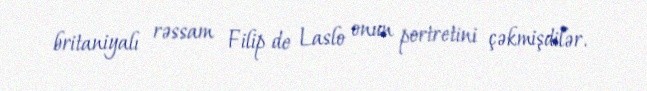
britaniyalı rəssam Filip de Laslo onun portretini çəkmişdilər.